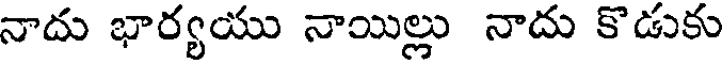
నాదు భార్యయు నాయిల్లు నాదు కొడుకు